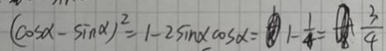
( \cos x - \sin \alpha ) ^ { 2 } = 1 - 2 \sin x \cos \alpha = 1 - \frac { 1 } { 4 } = \frac { 3 } { 4 }